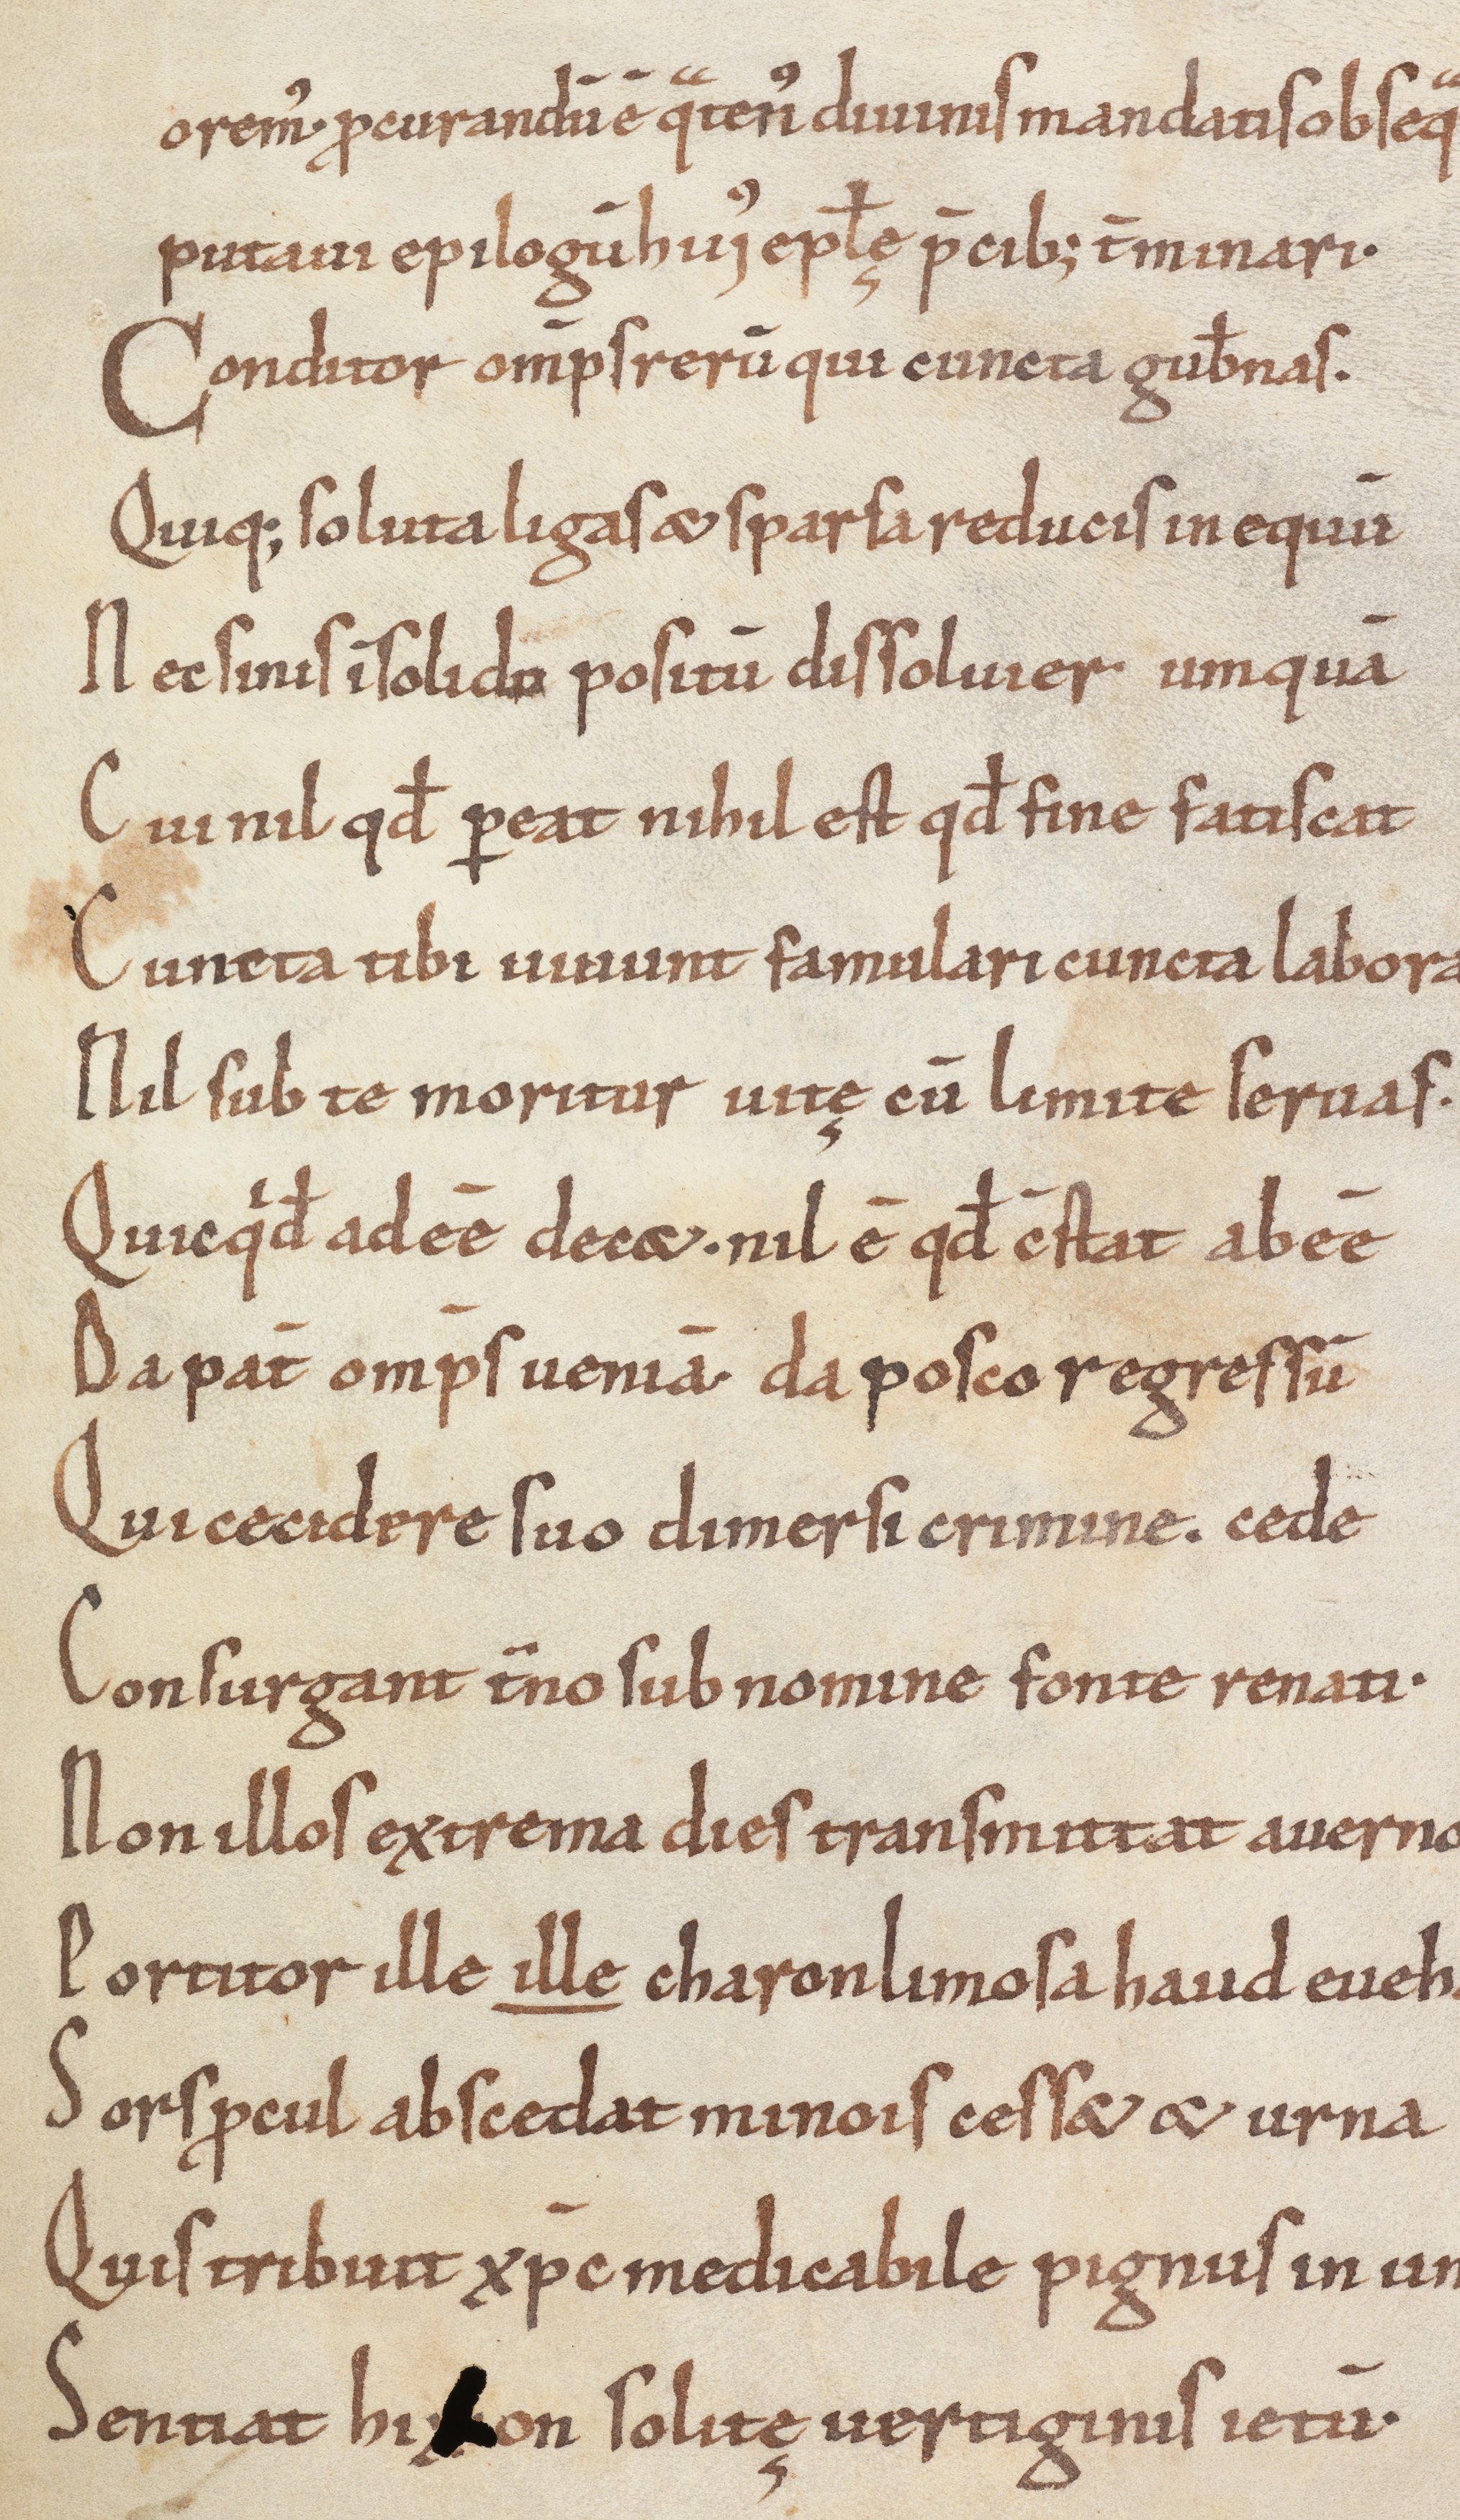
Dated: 1100–1099